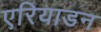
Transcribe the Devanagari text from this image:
एरियाडन